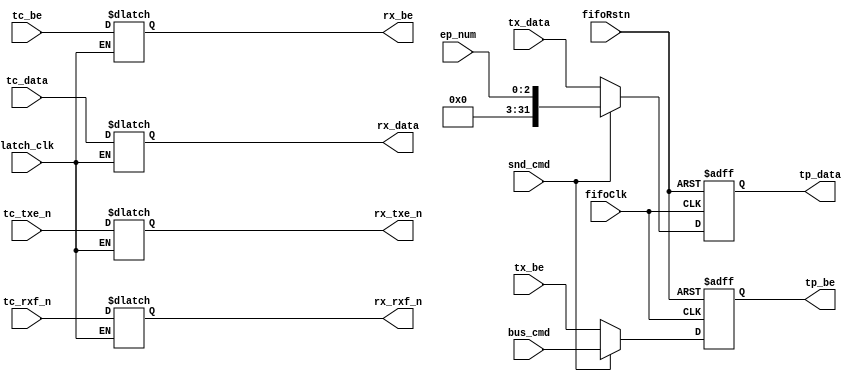
//------------------------------------------------------------------------------
// Title        : fifo_mst_dpath.v 
// Project      : FT600
//------------------------------------------------------------------------------
//------------------------------------------------------------------------------
// Description  : 
//                FT600 FIFO Master data path 
//
//
//------------------------------------------------------------------------------
// Known issues & omissions:
// 
// 
//------------------------------------------------------------------------------
// Copyright 2013 FTDI Ltd. All rights reserved.
//------------------------------------------------------------------------------

module fifo_mst_dpath (

  // inputs
  input                fifoRstn,
  input                fifoClk,
  input                latch_clk,
  input [31:0]         tc_data,
  input [3:0]          tc_be,
  input                tc_rxf_n,
  input                tc_txe_n,
  input                snd_cmd,
  input [3:0]          bus_cmd,
  input [31:0]         tx_data,
  input [3:0]          tx_be,
  input [2:0]          ep_num,


  // outputs
  output reg [31:0]   tp_data,
  output reg [3:0]    tp_be,
  output reg          rx_rxf_n,
  output reg          rx_txe_n,
  output reg [31:0]   rx_data,
  output reg [3:0]    rx_be
);



  always @(posedge fifoClk or negedge fifoRstn)
    if (~fifoRstn) begin

      tp_be     <=  4'hf;
      tp_data   <=  32'hffff_ffff;

    end
    else begin

      if (snd_cmd) begin
        tp_be    <= bus_cmd;
        tp_data  <= {24'h00_0000,5'h00,ep_num};
      end
      else begin
        tp_be    <= tx_be;
        tp_data  <= tx_data;
      end

    end


// latch
  always @(latch_clk or tc_data)
    if (~latch_clk)
      rx_data <= tc_data; 

  always @(latch_clk or tc_be)
    if (~latch_clk)
      rx_be <= tc_be; 

  always @(latch_clk or tc_rxf_n)
    if (~latch_clk)
      rx_rxf_n <= tc_rxf_n; 

  always @(latch_clk or tc_txe_n)
    if (~latch_clk)
      rx_txe_n <= tc_txe_n; 


endmodule